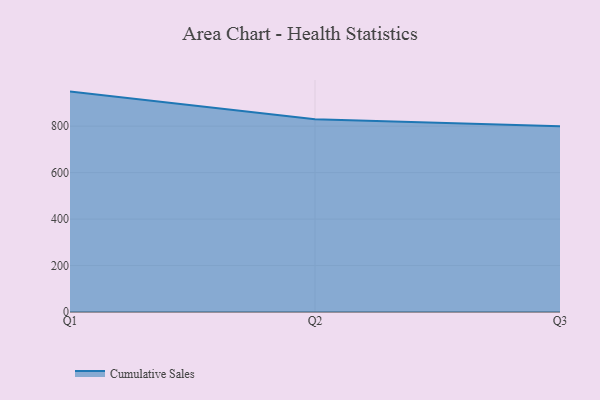
{"axis": {"x": "Quarter", "y": "Latency (ms)"}, "legend": ["Cumulative Sales"], "data": [{"x": "Q1", "y": 948.8, "type": "Cumulative Sales"}, {"x": "Q2", "y": 829.3, "type": "Cumulative Sales"}, {"x": "Q3", "y": 800, "type": "Cumulative Sales"}]}